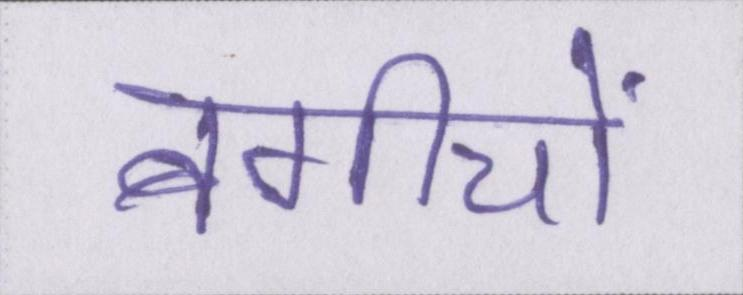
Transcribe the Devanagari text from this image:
बगीचों